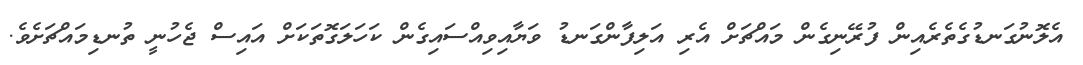
އެލޮނުގަނޑުގެތެރެއިން ފުރޭނިގެން މައްޗަށް އެރި އަލިފާންގަނޑު ވަޔާއިވިއްސައިގެން ކަހަލަގޮތަކަށް އައިސް ޖެހުނީ ތުނޑިމައްޗަށެވެ.